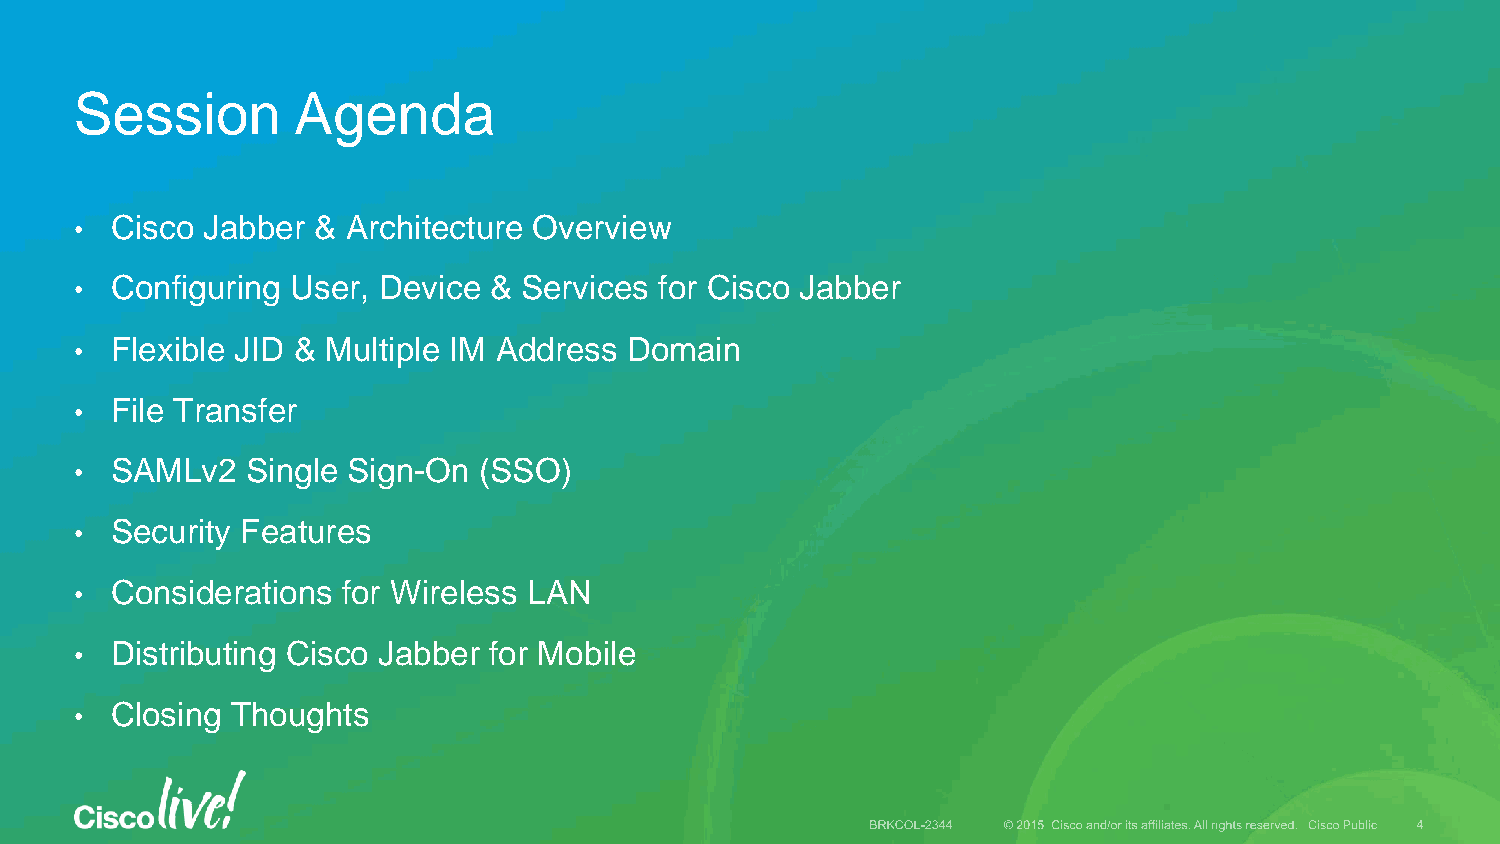
Session       Agenda
 • Cisco Jabber  & Architecture Overview
 • Configuring User, Device &  Services for Cisco Jabber
 • Flexible JID & Multiple IM Address Domain
 • File Transfer
 • SAMLv2   Single Sign-On  (SSO)
 • Security Features
 • Considerations  for Wireless LAN
 • Distributing Cisco Jabber for Mobile
 • Closing Thoughts